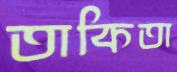
তাকিতা